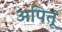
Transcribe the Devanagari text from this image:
अपितू